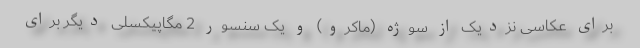
برای عکاسی نزدیک از سوژه (ماکرو) و یک سنسور 2 مگاپیکسلی دیگر برای